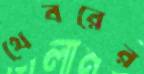
থেবরের